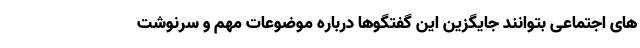
های اجتماعی بتوانند جایگزین این گفتگوها درباره موضوعات مهم و سرنوشت